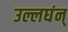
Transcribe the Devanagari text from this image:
उल्लघंन्